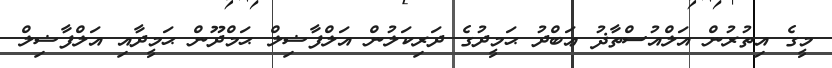
މީގެ އިތުރުން އަލްއުސްތާޛު ޢަބްދު ޙަމީދުގެ ދަރިކަލުން އަލްފާޟިލް ޙަމްދޫން ޙަމީދާއި އަލްފާޟިލް